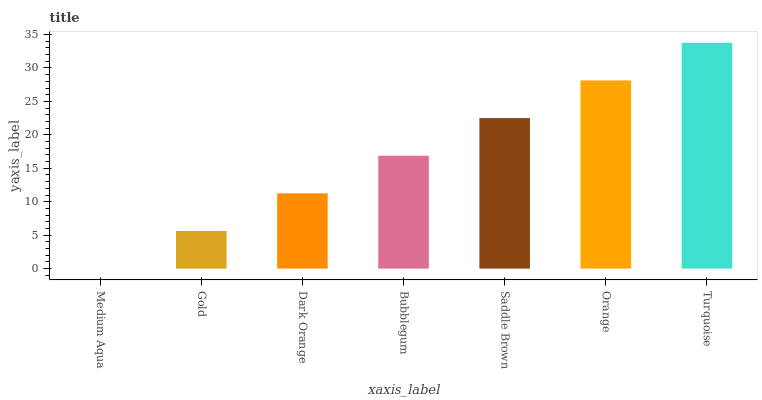
| xaxis_label | bars |
 | --- | --- |
 | Medium Aqua | 0 |
 | Gold | 5.63 |
 | Dark Orange | 11.3 |
 | Bubblegum | 16.9 |
 | Saddle Brown | 22.5 |
 | Orange | 28.1 |
 | Turquoise | 33.8 |